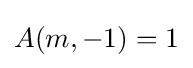
A(m,-1)=1